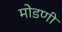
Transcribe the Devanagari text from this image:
मोडणी